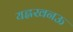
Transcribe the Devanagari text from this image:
यह्लखनऊ